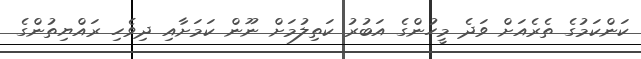
ކަންކަމުގެ ތެރެއަށް ވަދެ މީހުންގެ އަބުރު ކަތިލުމަށް ނޫން ކަމަށާއި ދިވެހި ރައްޔިތުންގެ